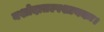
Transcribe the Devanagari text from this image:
यशोदातल्पशायकः।